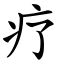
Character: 疗